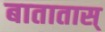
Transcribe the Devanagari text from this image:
बातातास्